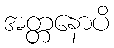
အတ္တနောပိ